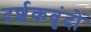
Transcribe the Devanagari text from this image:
दर्शकवृंदों